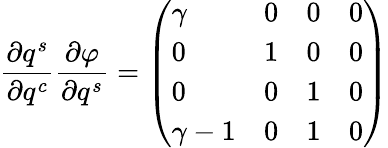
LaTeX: \frac{\partial q^{s}}{\partial q^{c}}\frac{\partial\varphi}{\partial q^{s}}=\left(\begin{array}{llll}{\gamma}&{0}&{0}&{0}\\ {0}&{1}&{0}&{0}\\ {0}&{0}&{1}&{0}\\ {\gamma-1}&{0}&{1}&{0}\end{array}\right)